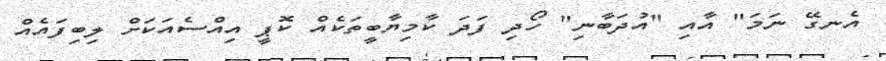
އެނގޭ ނަމަ" އާއި "އުދަބާނި" ހޯދި ފަދަ ކާމިޔާބީތަކެއް ކޮޕީ އިއްސެއަކަށް ލިބިފައެއް